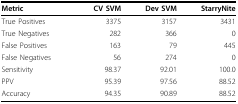
| Metric | CV SVM | Dev SVM | StarryNite |
 | --- | --- | --- | --- |
 | True Positives | 3375 | 3157 | 3431 |
 | True Negatives | 282 | 366 | 0 |
 | False Positives | 163 | 79 | 445 |
 | False Negatives | 56 | 274 | 0 |
 | Sensitivity | 98.37 | 92.01 | 100.0 |
 | PPV | 95.39 | 97.56 | 88.52 |
 | Accuracy | 94.35 | 90.89 | 88.52 |